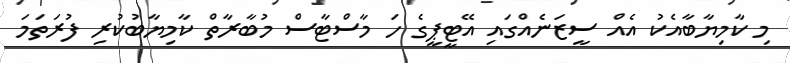
މި ކާމިޔާބާއެކު އެއް ސީޒަނެއްގައި އޭޓީޕީގެ ހަ މާސްޓާސް މުބާރާތް ކާމިޔާބުކުރި ފުރަތަމަ